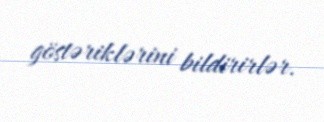
göstəriklərini bildirirlər.